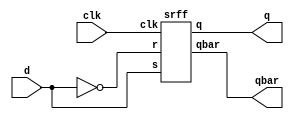
//D-ff using SR Flipflop
module SRtoD(
input d,clk,
output q,qbar
);
srff sr1(d,~d,clk,q,qbar);
endmodule

module srff(
input s,r,clk,
output reg q,qbar
);
always @(posedge clk) begin
	if (s==0 && r==0)
	begin
		q <= q;
		qbar <= qbar;
	end
	
	else if (s==0 && r==1)
	begin
		q <= 1'b0;
		qbar <= 1'b1;
	end
	
	else if (s==1 && r==0)
	begin
		q <= 1'b1;
		qbar <= 1'b0;
	end
	else if (s==1 && r==1)
	begin
		q <= 1'bx;
		qbar <= 1'bx;
	end
	end
endmodule